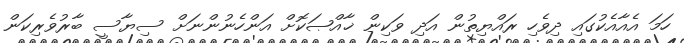
ހަމަ އެއާއެކުގައި ދިވެހި ރައްޔިތުން އަދި ވަކިން ޚާއްޞަކޮށް އަންހެނުންނަށް ސިޔާސީ ބާރުވެރިކަން